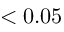
< 0 . 0 5